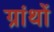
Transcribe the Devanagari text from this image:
ग्रांथों